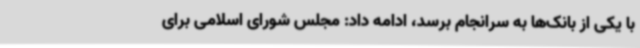
با یکی از بانک‌ها به سرانجام برسد، ادامه داد: مجلس شورای اسلامی برای